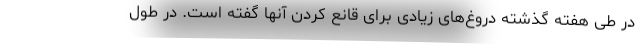
در طی هفته گذشته دروغ‌های زیادی برای قانع کردن آنها گفته است. در طول